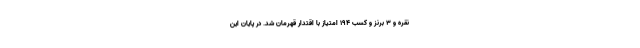
نقره و ۳ برنز و کسب ۱۹۴ امتیاز با اقتدار قهرمان شد. در پایان این